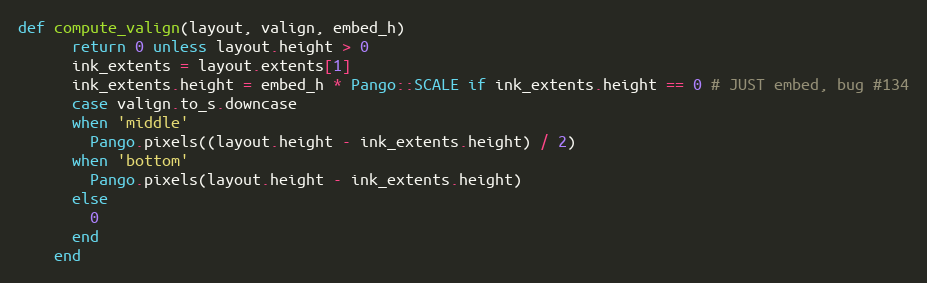
Language: Ruby
def compute_valign(layout, valign, embed_h)
      return 0 unless layout.height > 0
      ink_extents = layout.extents[1]
      ink_extents.height = embed_h * Pango::SCALE if ink_extents.height == 0 # JUST embed, bug #134
      case valign.to_s.downcase
      when 'middle'
        Pango.pixels((layout.height - ink_extents.height) / 2)
      when 'bottom'
        Pango.pixels(layout.height - ink_extents.height)
      else
        0
      end
    end